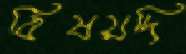
বিষয়দি